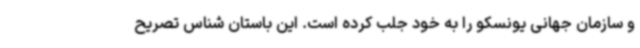
و سازمان جهانی یونسکو را به خود جلب کرده است. این باستان شناس تصریح